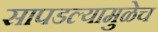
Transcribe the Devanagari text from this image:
सापडल्यामुळेच